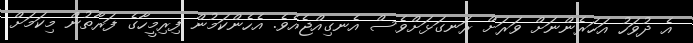
އެ ދުވަހު އަހަރެންނަށް ވަރަށް ރަނގަޅަށްވެސް އެނގިއްޖެއެވެ. އެހެންކަމުން ފިރިމީހާގެ ފަރާތުން މިކަމަށް